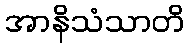
အာနိသံသာတိ